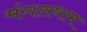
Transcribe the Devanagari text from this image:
मंगलधाम